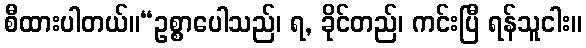
စီထားပါတယ်။“ဥစ္စာပေါသည်၊ ရ, ခိုင်တည်၊ ကင်းပြီ ရန်သူငါး။